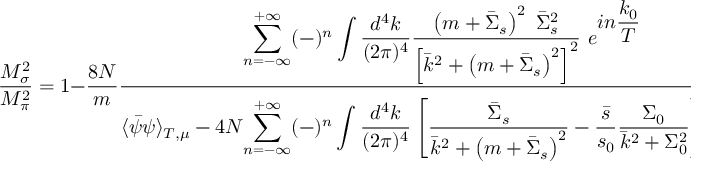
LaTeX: { \frac { M _ { \sigma } ^ { 2 } } { M _ { \pi } ^ { 2 } } } = 1 - { \frac { 8 N } { m } } { \frac { \displaystyle { \sum _ { n = - \infty } ^ { + \infty } ( - ) ^ { n } \int { \frac { d ^ { 4 } k } { ( 2 \pi ) ^ { 4 } } } { \frac { \left( m + { \bar { \Sigma } } _ { s } \right) ^ { 2 } ~ { \bar { \Sigma } } _ { s } ^ { 2 } } { \left[ { \bar { k } } ^ { 2 } + \left( m + { \bar { \Sigma } } _ { s } \right) ^ { 2 } \right] ^ { 2 } } } } ~ e ^ { \displaystyle { i n { \frac { k _ { 0 } } { T } } } } } { \langle { \bar { \psi } } \psi \rangle _ { T , \mu } - 4 N \displaystyle { \sum _ { n = - \infty } ^ { + \infty } ( - ) ^ { n } \int { \frac { d ^ { 4 } k } { ( 2 \pi ) ^ { 4 } } } \left[ { \frac { { \bar { \Sigma } } _ { s } } { { \bar { k } } ^ { 2 } + \left( m + { \bar { \Sigma } } _ { s } \right) ^ { 2 } } } - { \frac { \bar { s } } { s _ { 0 } } } { \frac { \Sigma _ { 0 } } { { \bar { k } } ^ { 2 } + \Sigma _ { 0 } ^ { 2 } } } \right] } ~ e ^ { \displaystyle { i n { \frac { k _ { 0 } } { T } } } } } }